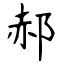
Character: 郝